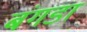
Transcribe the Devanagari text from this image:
बंगडा